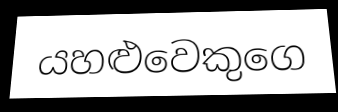
යහළුවෙකුගෙ